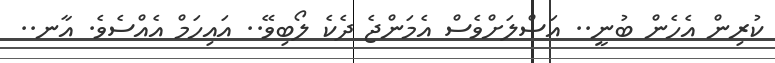
ކުރިން އެހެން ބުނީ.. އަސްލަށްވެސް އެމަންޖެ ދެކެ ލޯބިވޭ.. އައިހަމް އެއްސެވެ. އާނ..